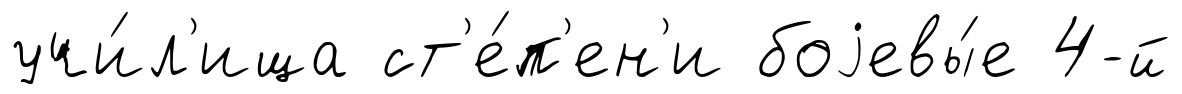
учи́л'ища ст'е́п'ен'и боjевы́е 4-й